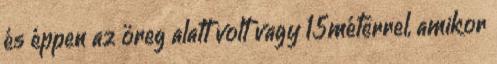
és éppen az öreg alatt volt vagy 15méterrel, amikor